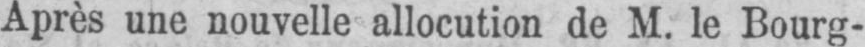
Après une nouvelle allocution de M. le Bourg-